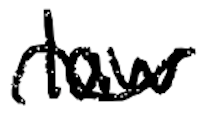
Text: law
Cross-out: wave
Writing tool: digital_black